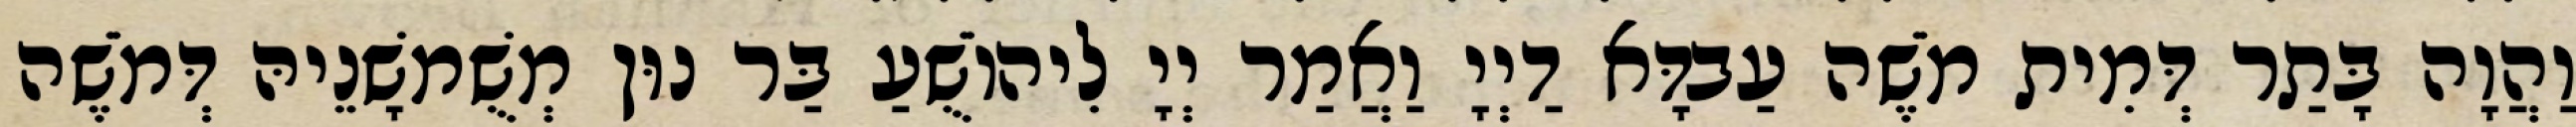
וַהֲוָה בָּתַר דְּמִית מֹשֶׁה עַבדָּא דַיְיָ וַאֲמַר יְיָ לִיהוֹשֻׁעַ בַּר נוּן מְשֻׁמשָׁנֵיהּ דְּמֹשֶׁה